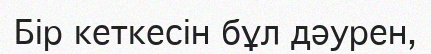
Бір кеткесін бұл дәурен,